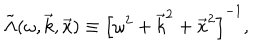
LaTeX: \tilde { \Lambda } ( \omega , \vec { k } , \vec { x } ) \equiv \left[ \omega ^ { 2 } + \vec { k } ^ { 2 } + \vec { x } ^ { 2 } \right] ^ { - 1 } ,